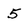
Character: 5